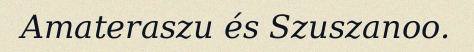
Amateraszu és Szuszanoo.